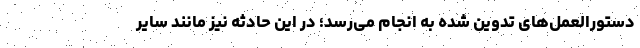
دستورالعمل‌های تدوین شده به انجام می‌رسد؛ در این حادثه نیز مانند سایر